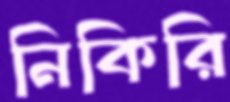
নিকিরি